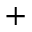
+